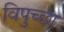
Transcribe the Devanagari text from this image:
विपुच्छा